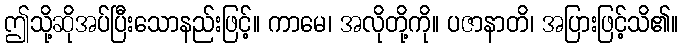
ဤသို့ဆိုအပ်ပြီးသောနည်းဖြင့်။ ကာမေ၊ အလိုတို့ကို။ ပဇာနာတိ၊ အပြားဖြင့်သိ၏။